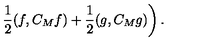
\left. \frac { 1 } { 2 } ( f , C _ { M } f ) + \frac { 1 } { 2 } ( g , C _ { M } g ) \right) .